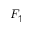
F _ { \uparrow }